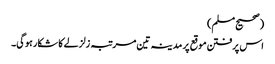
(صحیح مسلم)
اس پرفتن موقع پر مدینہ تین مرتبہ زلزلے کا شکار ہوگی۔